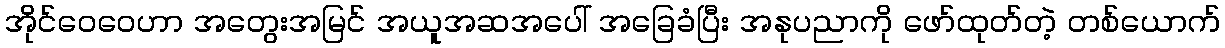
အိုင်ဝေဝေဟာ အတွေးအမြင် အယူအဆအပေါ် အခြေခံပြီး အနုပညာကို ဖော်ထုတ်တဲ့ တစ်ယောက်